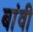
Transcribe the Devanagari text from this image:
बांवी